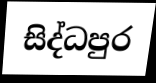
සිද්ධපුර